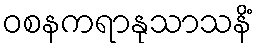
ဝစနကရာနုသာသနိံ